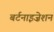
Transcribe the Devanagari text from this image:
बर्टनाइज़ेशन